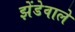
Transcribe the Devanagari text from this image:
झेंडेवाले